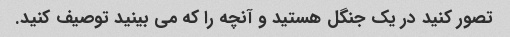
تصور کنید در یک جنگل هستید و آنچه را که می بینید توصیف کنید.